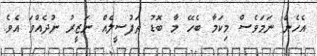
އެހެން ނަމަވެސް މިކަމާ ބެހޭ މާ ބޮޑު ތަފުސީލެއް ނަޒީރު ނުދެއްވަ އެވެ.